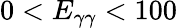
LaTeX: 0<E_{\gamma\gamma}<100